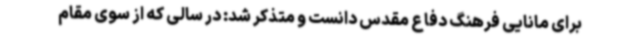
برای مانایی فرهنگ دفاع مقدس دانست و متذکر شد: در سالی که از سوی مقام